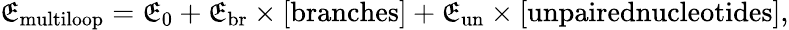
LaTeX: \mathfrak{E}_{\mathrm{{multiloop}}}=\mathfrak{E}_{0}+\mathfrak{E}_{\mathrm{{br}}}\times[\mathrm{{branches}}]+\mathfrak{E}_{\mathrm{{un}}}\times[\textrm{{unpairednucleotides}}],